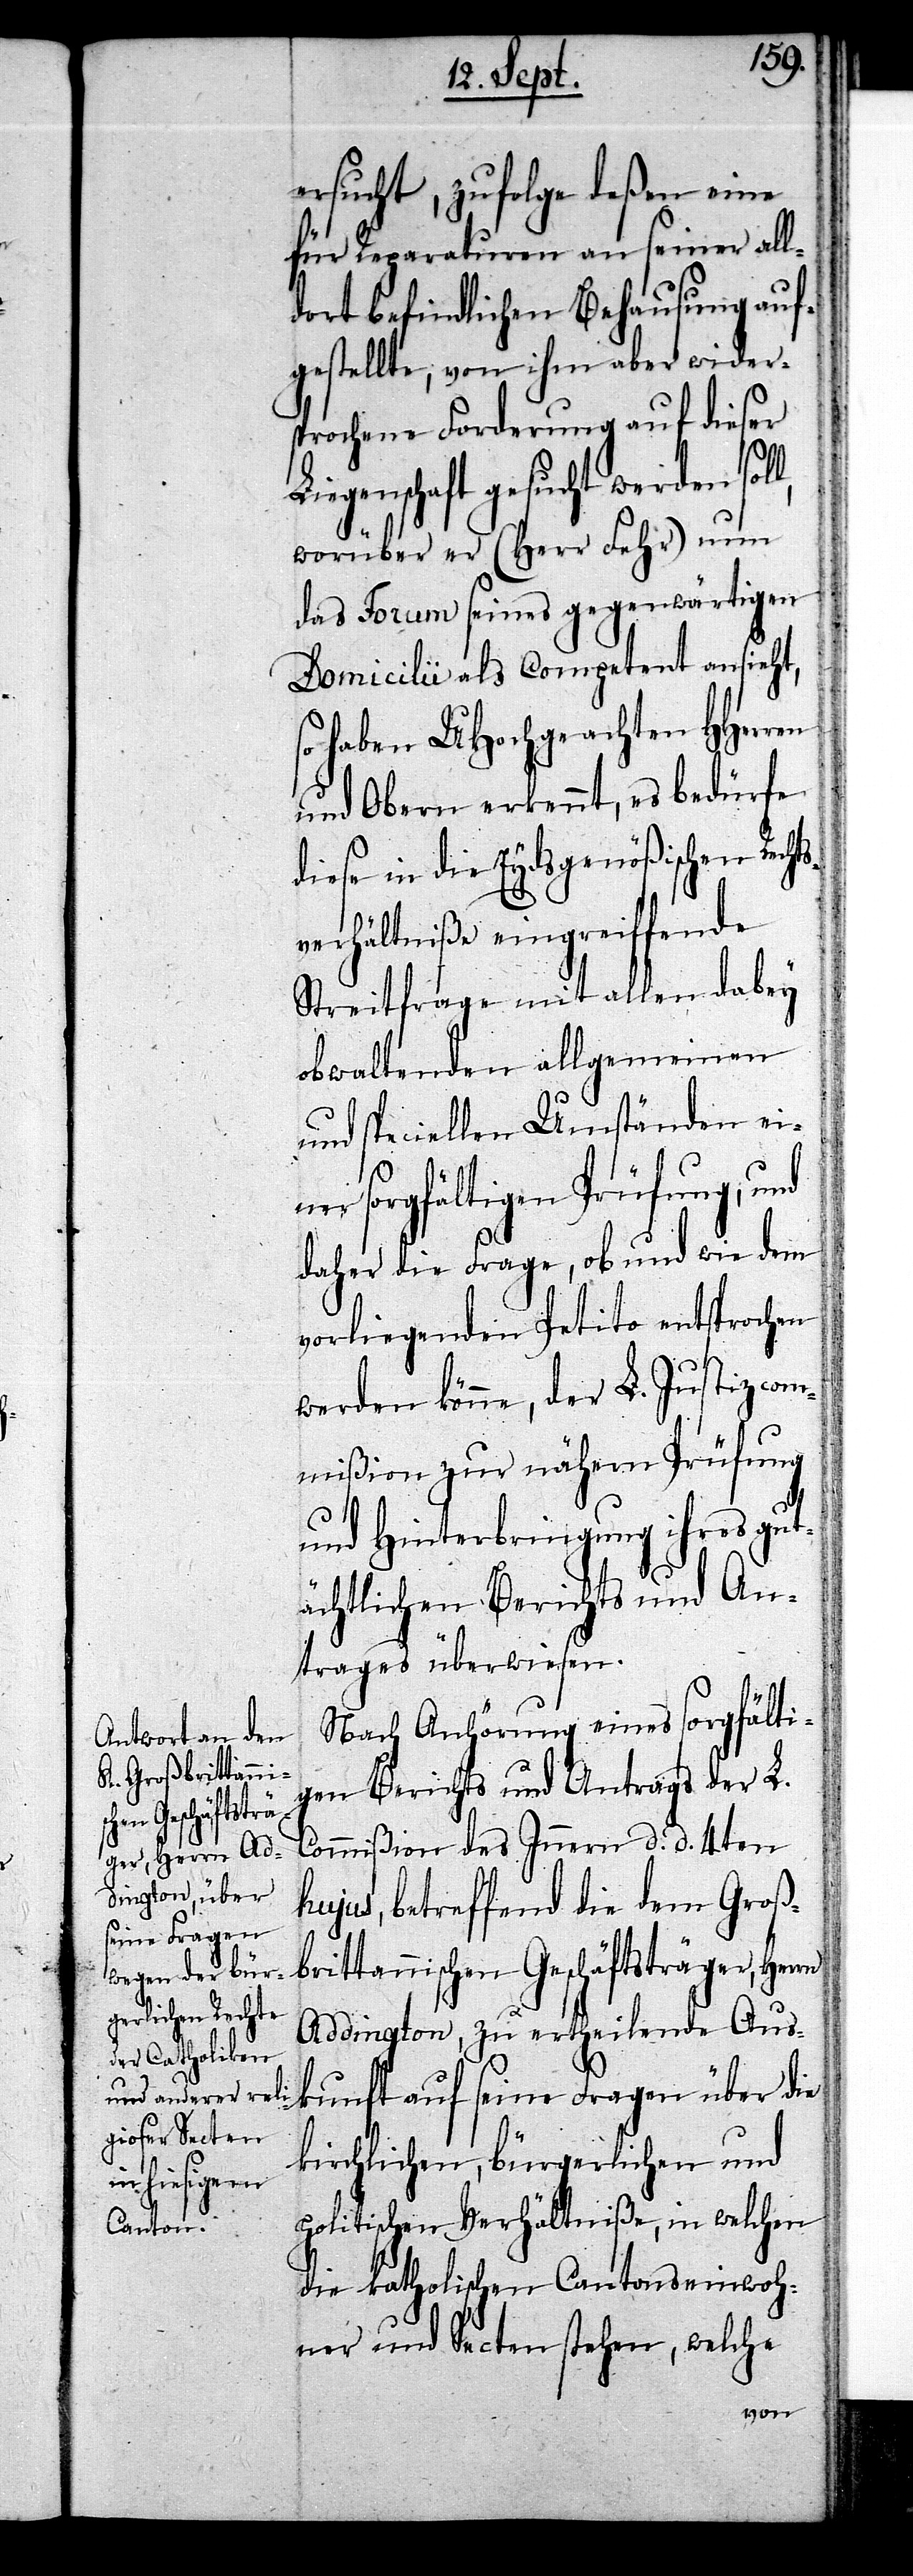
ersucht, zufolge deßen eine
für Reparaturen an seiner all¬
dort befindlichen Behausung auf¬
gestellte, von ihm aber wider¬
sprochene Forderung auf dieser
Liegenschaft gesucht werden soll,
worüber er (Herr Fehr) nun
das Forum seines gegenwärtigen
Domicilii als Competent ansieht,
so haben UHochgeachten HHerren
und Obern erkennt, es bedürfe
diese in die Eydsgenößischen Recht¬
sverhältniße eingreiffende
Streitfrage mit allen dabey
obwaltenden allgemeinen
und speciellen Umständen ein¬
er sorgfältigen Prüfung, und
daher die Frage, ob und wie dem
vorliegenden Petito entsprochen
werden könne, der L. Justizcom¬
mißion zur nähern Prüfung
und Hinterbringung ihres gut¬
ächtlichen Berichts und An¬
trags überwiesen.
Nach Anhörung eines sorgfälti¬
gen Berichts und Antrags der L.
Commißion des Innern d. d. 4ten
hujus, betreffend die dem Groß¬
brittannischen Geschäftsträger, Herrn
Addington, zu ertheilende Aus¬
kunft auf seine Fragen über die
kirchlichen, bürgerlichen und
politischen Verhältniße, in welchen
die katholischen Cantonseinwoh¬
ner und Secten stehen, welche